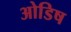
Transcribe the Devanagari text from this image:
ओडिष